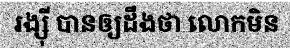
រង្ស៊ី បានឲ្យដឹងថា លោកមិន